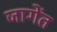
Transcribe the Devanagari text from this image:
जागेंत